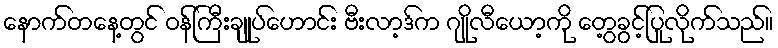
နောက်တနေ့တွင် ဝန်ကြီးချုပ်ဟောင်း ဗီးလာ့ဒ်က ဂျိုလီယော့ကို တွေ့ခွင့်ပြုလိုက်သည်။